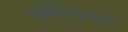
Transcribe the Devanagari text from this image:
व्हर्जिलच्या